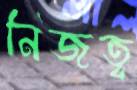
নিজত্ব